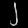
Digit: ၂